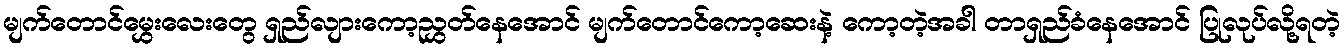
မျက်တောင်မွှေးလေးတွေ ရှည်လျားကော့ညွှတ်နေအောင် မျက်တောင်ကော့ဆေးနဲ့ ကော့တဲ့အခါ တာရှည်ခံနေအောင် ပြုလုပ်လို့ရတဲ့